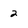
Character: 2